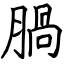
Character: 腡